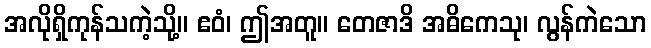
အလိုရှိကုန်သကဲ့သို့။ ဧဝံ၊ ဤအတူ။ တေဇာဒိ အဓိကေသု၊ လွန်ကဲသော